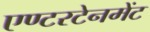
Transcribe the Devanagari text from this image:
एण्टरटेनमेंट